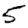
Digit: 5